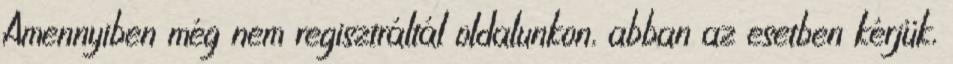
Amennyiben még nem regisztráltál oldalunkon, abban az esetben kérjük,